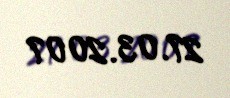
27.03.2007